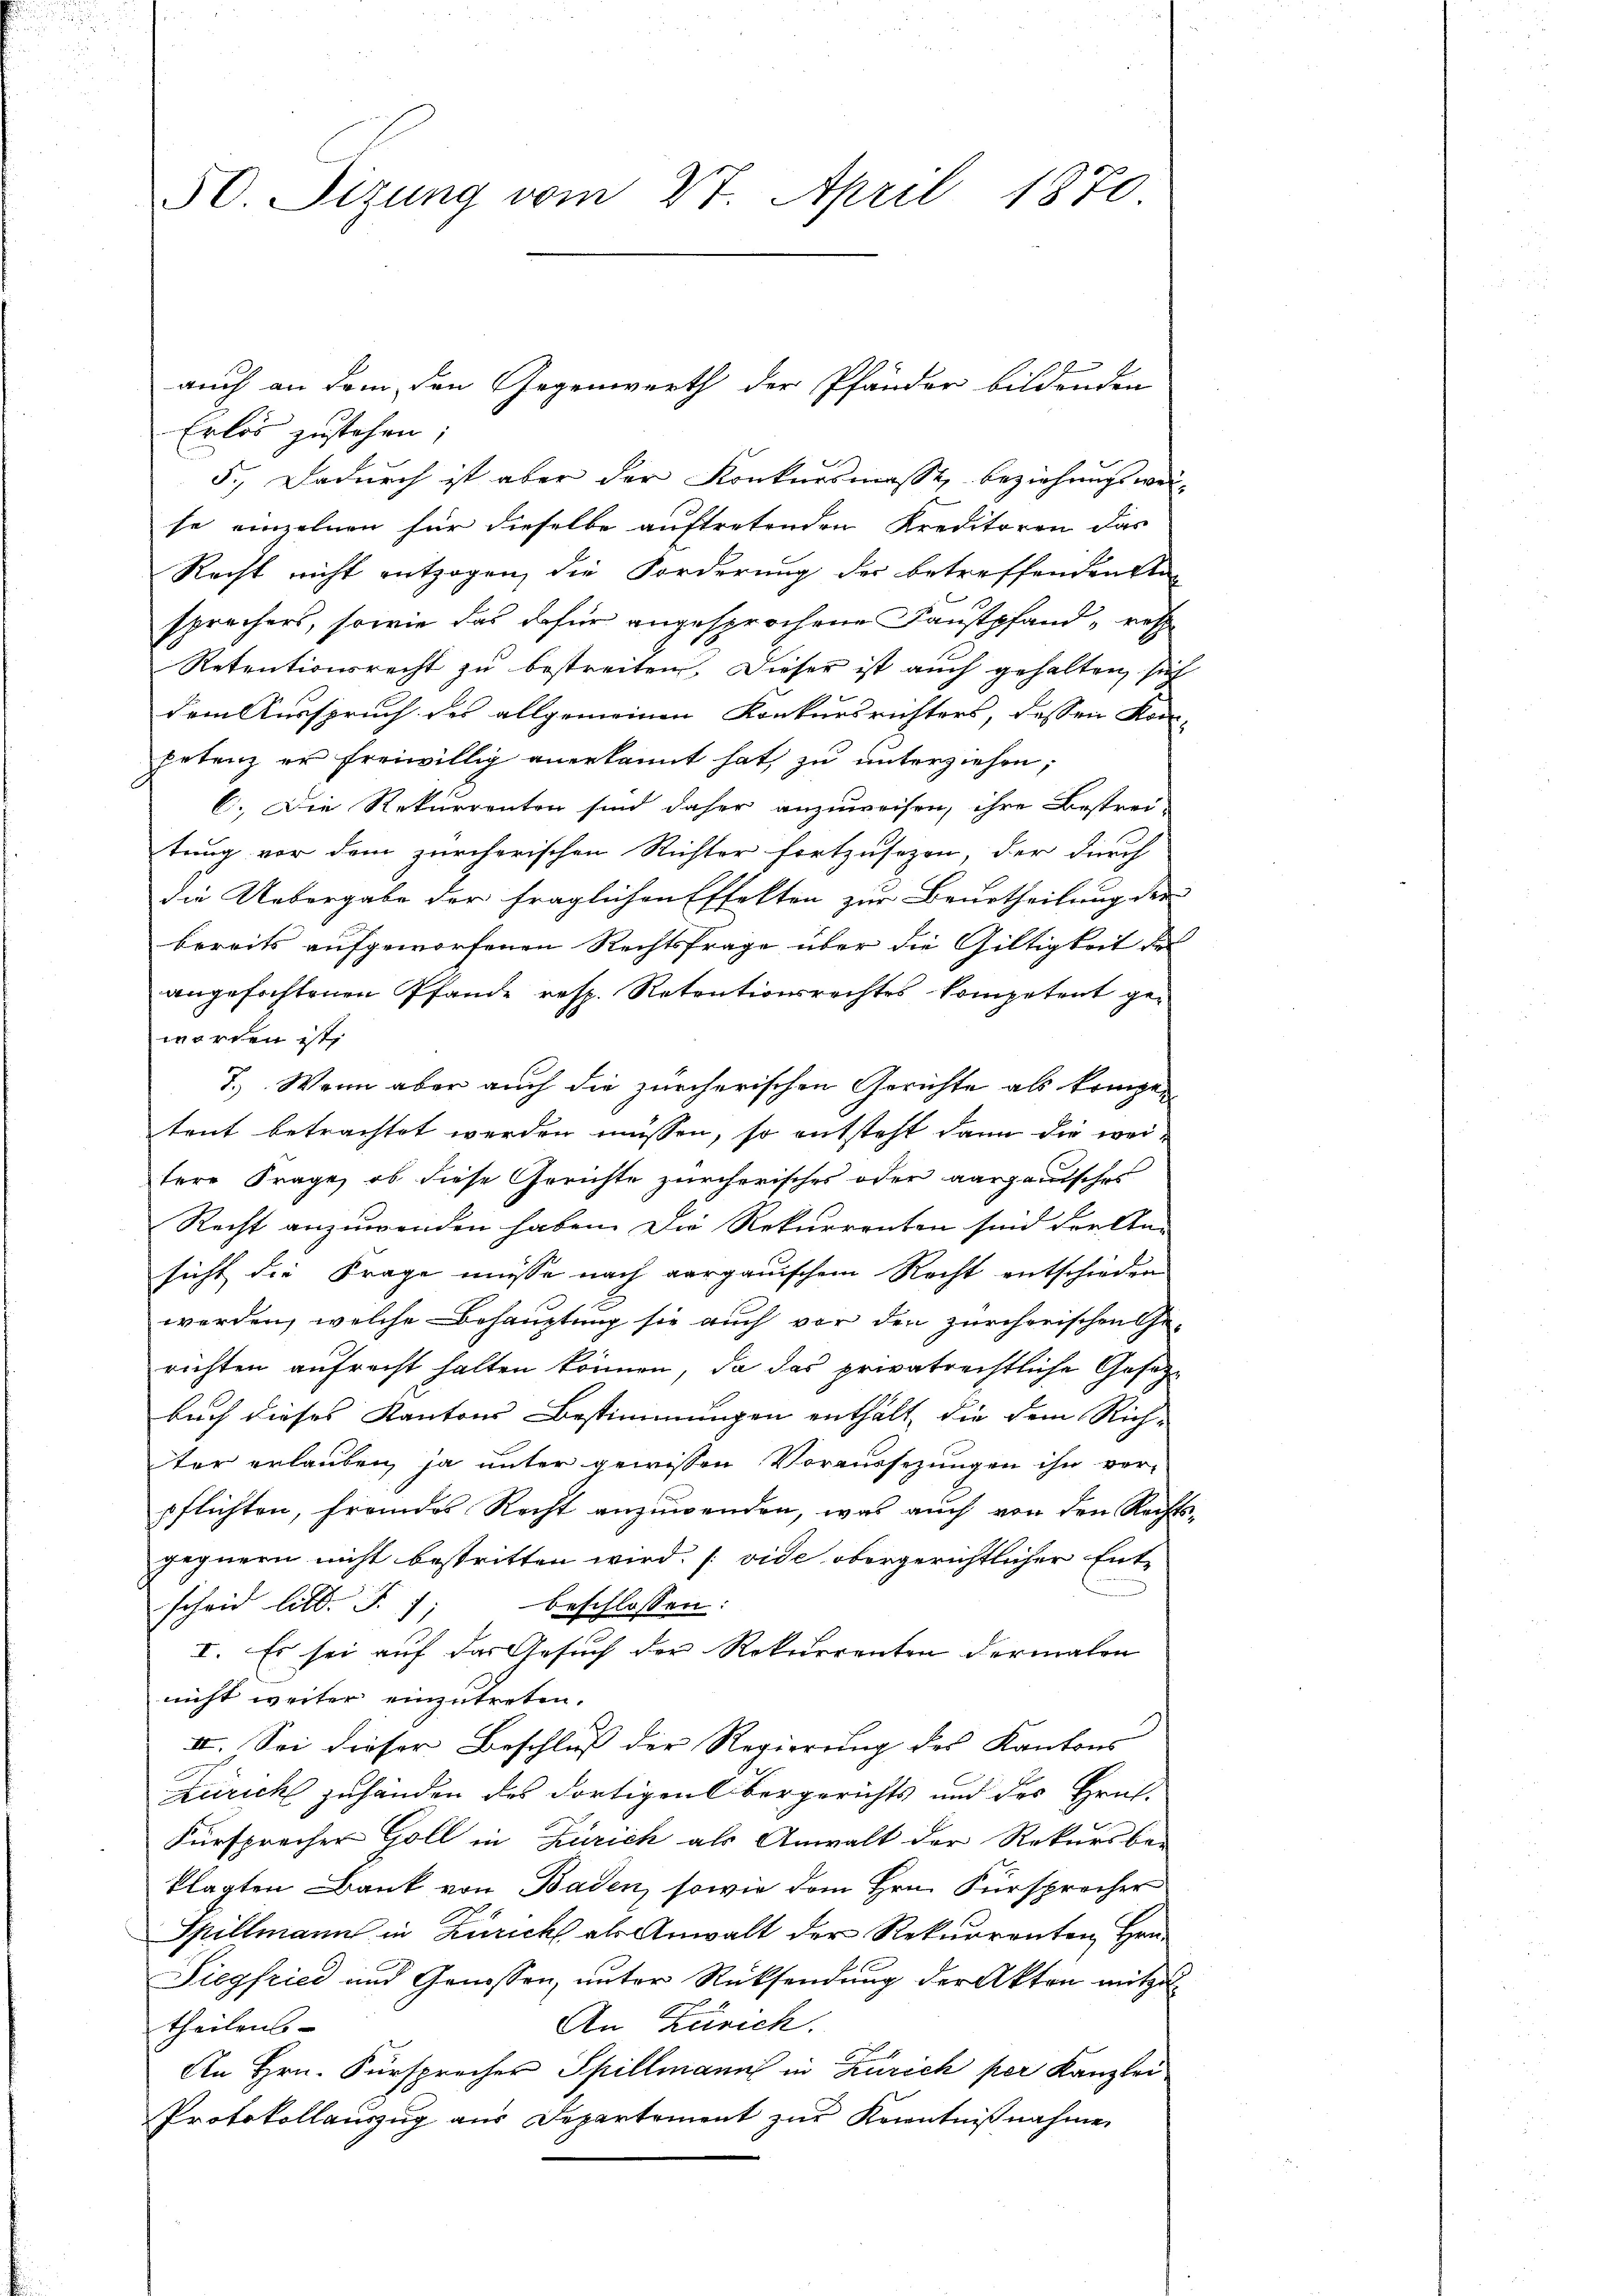
Erlös zustehen;
5.) Dadurch ist aber der Konkursmasse, beziehungsweise einzelnen für dieselbe auftretenden Kreditoren das
Recht nicht entzogen, die Forderung der betreffenden sta
sprechers, sowie das dafür angesprochene Faustpfandres
Retentionsrecht zu bestreiten. Dieser ist auch gehalten, sich
dem Ausspruch des allgemeinen Konkursrichters, dessen Kon-
petenz er freiwillig anerkannt hat, zu unterziehen;
C. Die Rekurrenten sind daher anzuweisen, ihre Bestrei-
tung vor dem zürcherischen Richter fortzusezen, der durch
die Uebergabe der fraglichen Effekten zur Beurtheilung der
bereits aufgeworfenen Rechtsfrage über die Gültigkeit des
angefochtenen Pfande resp. Retentionsrechtes kompetent geworden ist,
7.) Wenn aber auch die zürcherischen Gerichte als kompen
teut betrachtet werden müssen, so entsteht dann die weitere Frage, ob diese Gerichte zürcherisches oder aargauisches
Recht anzuwenden haben. Die Rekurrenten sind dreiten
sicht die Frage müsse nach aargauischem Recht entschieden
werden, welche Behauptung sie auch vor den zürcherischen Ge-
richten aufrecht halten können, da das privatrechtliche Gesetzbuch dieses Kantons Bestimmungen enthält, die dem Rich-
ter erlauben ja unter gewissen Voraussezungen ihn ver-
pflichten, fremdes Recht anzuwenden, was auch von den Rechts-
gegnern nicht bestritten wird. [vide obergerichtlicher Ent-
scheid bild. S. 7,
beschlossen:
I. Es sei auf das Gesuch der Rekurrenten dermalen
nicht weiter einzutreten.
II. Sei dieser Beschluß der Regierung des Kantons
Zürich zuhänden des dortigen Obergerichts und des Hrn.
Fürsprecher Goll in Zürich als Anwalt der Rekursbe-
klagten Bank von Baden, sowie dem Hrn. Fürsprocher
Spillmann in Zürich als Anwalt der Rekurrenten Hrn.
Siegfried und Genossen, unter Rücksendung der Akten mitzu
An Zürich.
theilens- |
An Hrn. Fürsprecher Spillmann in Zürich per Kanzlei
Protokollauszug aus Departement zur Kenntnißnahme

50 Tizung vom 27. April 1870.

auch an dem den Gegenwerth der Pfänder bildenden